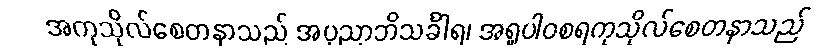
အကုသိုလ်စေတနာသည် အပုညာဘိသင်္ခါရ၊ အရူပါဝစရကုသိုလ်စေတနာသည်